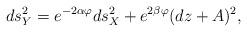
LaTeX: \begin{align*}ds_Y^2 = e^{-2\alpha\varphi} ds_X^2+ e^{2\beta\varphi} (dz+A)^2 , \end{align*}